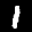
Label: 1